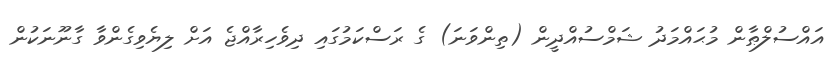
އައްސުލްޠާން މުޙައްމަދު ޝަމްސުއްދީން (ތިންވަނަ) ގެ ރަސްކަމުގައި ދިވެހިރާއްޖެ އަށް ލިޔެވިގެންވާ ގާނޫނަކުން